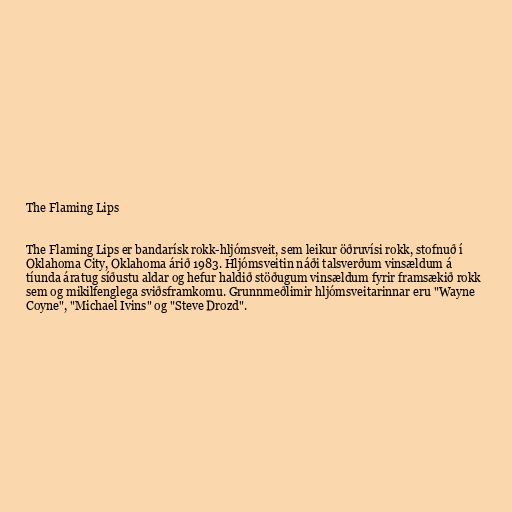
The Flaming Lips

The Flaming Lips er bandarísk rokk-hljómsveit, sem leikur öðruvísi rokk, stofnuð í
Oklahoma City, Oklahoma árið 1983. Hljómsveitin náði talsverðum vinsældum á
tíunda áratug síðustu aldar og hefur haldið stöðugum vinsældum fyrir framsækið rokk
sem og mikilfenglega sviðsframkomu. Grunnmeðlimir hljómsveitarinnar eru "Wayne
Coyne", "Michael Ivins" og "Steve Drozd".